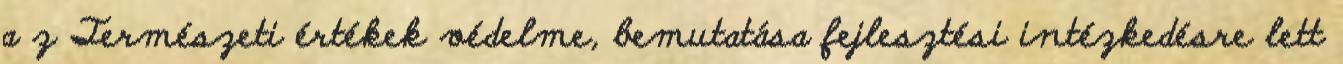
a z Természeti értékek védelme, bemutatása fejlesztési intézkedésre lett